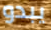
يبدو